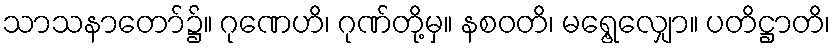
သာသနာတော်၌။ ဂုဏေဟိ၊ ဂုဏ်တို့မှ။ နစဝတိ၊ မရွေ့လျှော။ ပတိဋ္ဌာတိ၊